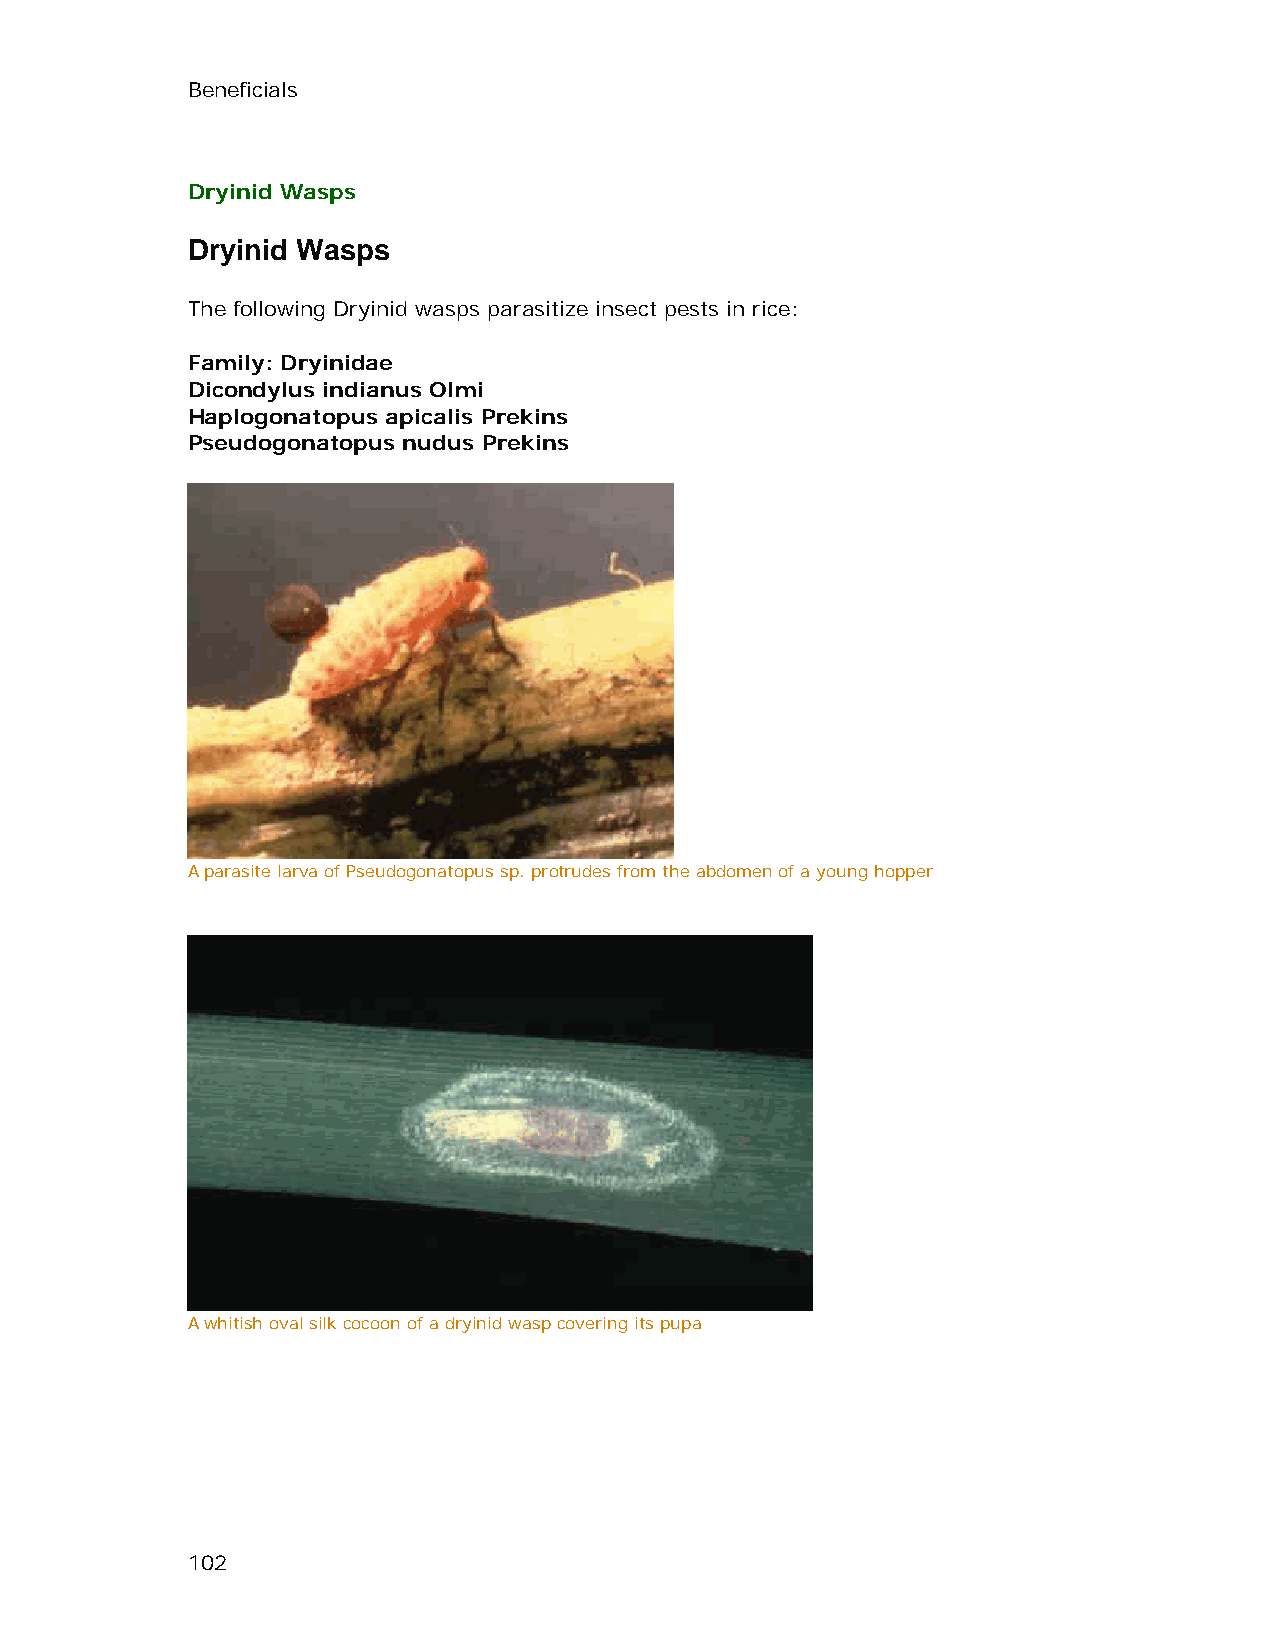
Beneficials
 Dryinid Wasps
 Dryinid Wasps
 The following Dryinid wasps parasitize insect pests in rice:
 Family: Dryinidae
 Dicondylus indianus Olmi
 Haplogonatopus apicalis Prekins
 Pseudogonatopus nudus Prekins
 A parasite larva of Pseudogonatopus sp. protrudes from the abdomen of a young hopper
 A whitish oval silk cocoon of a dryinid wasp covering its pupa
 102